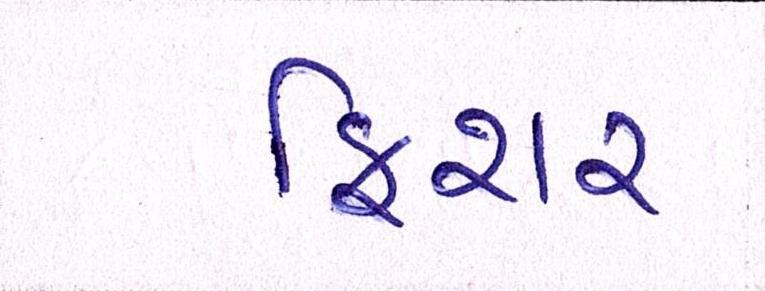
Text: ફિશર